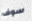
سوف